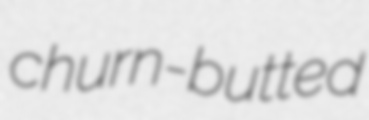
churn-butted